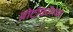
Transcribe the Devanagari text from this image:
प्रोटोकॉलच्या